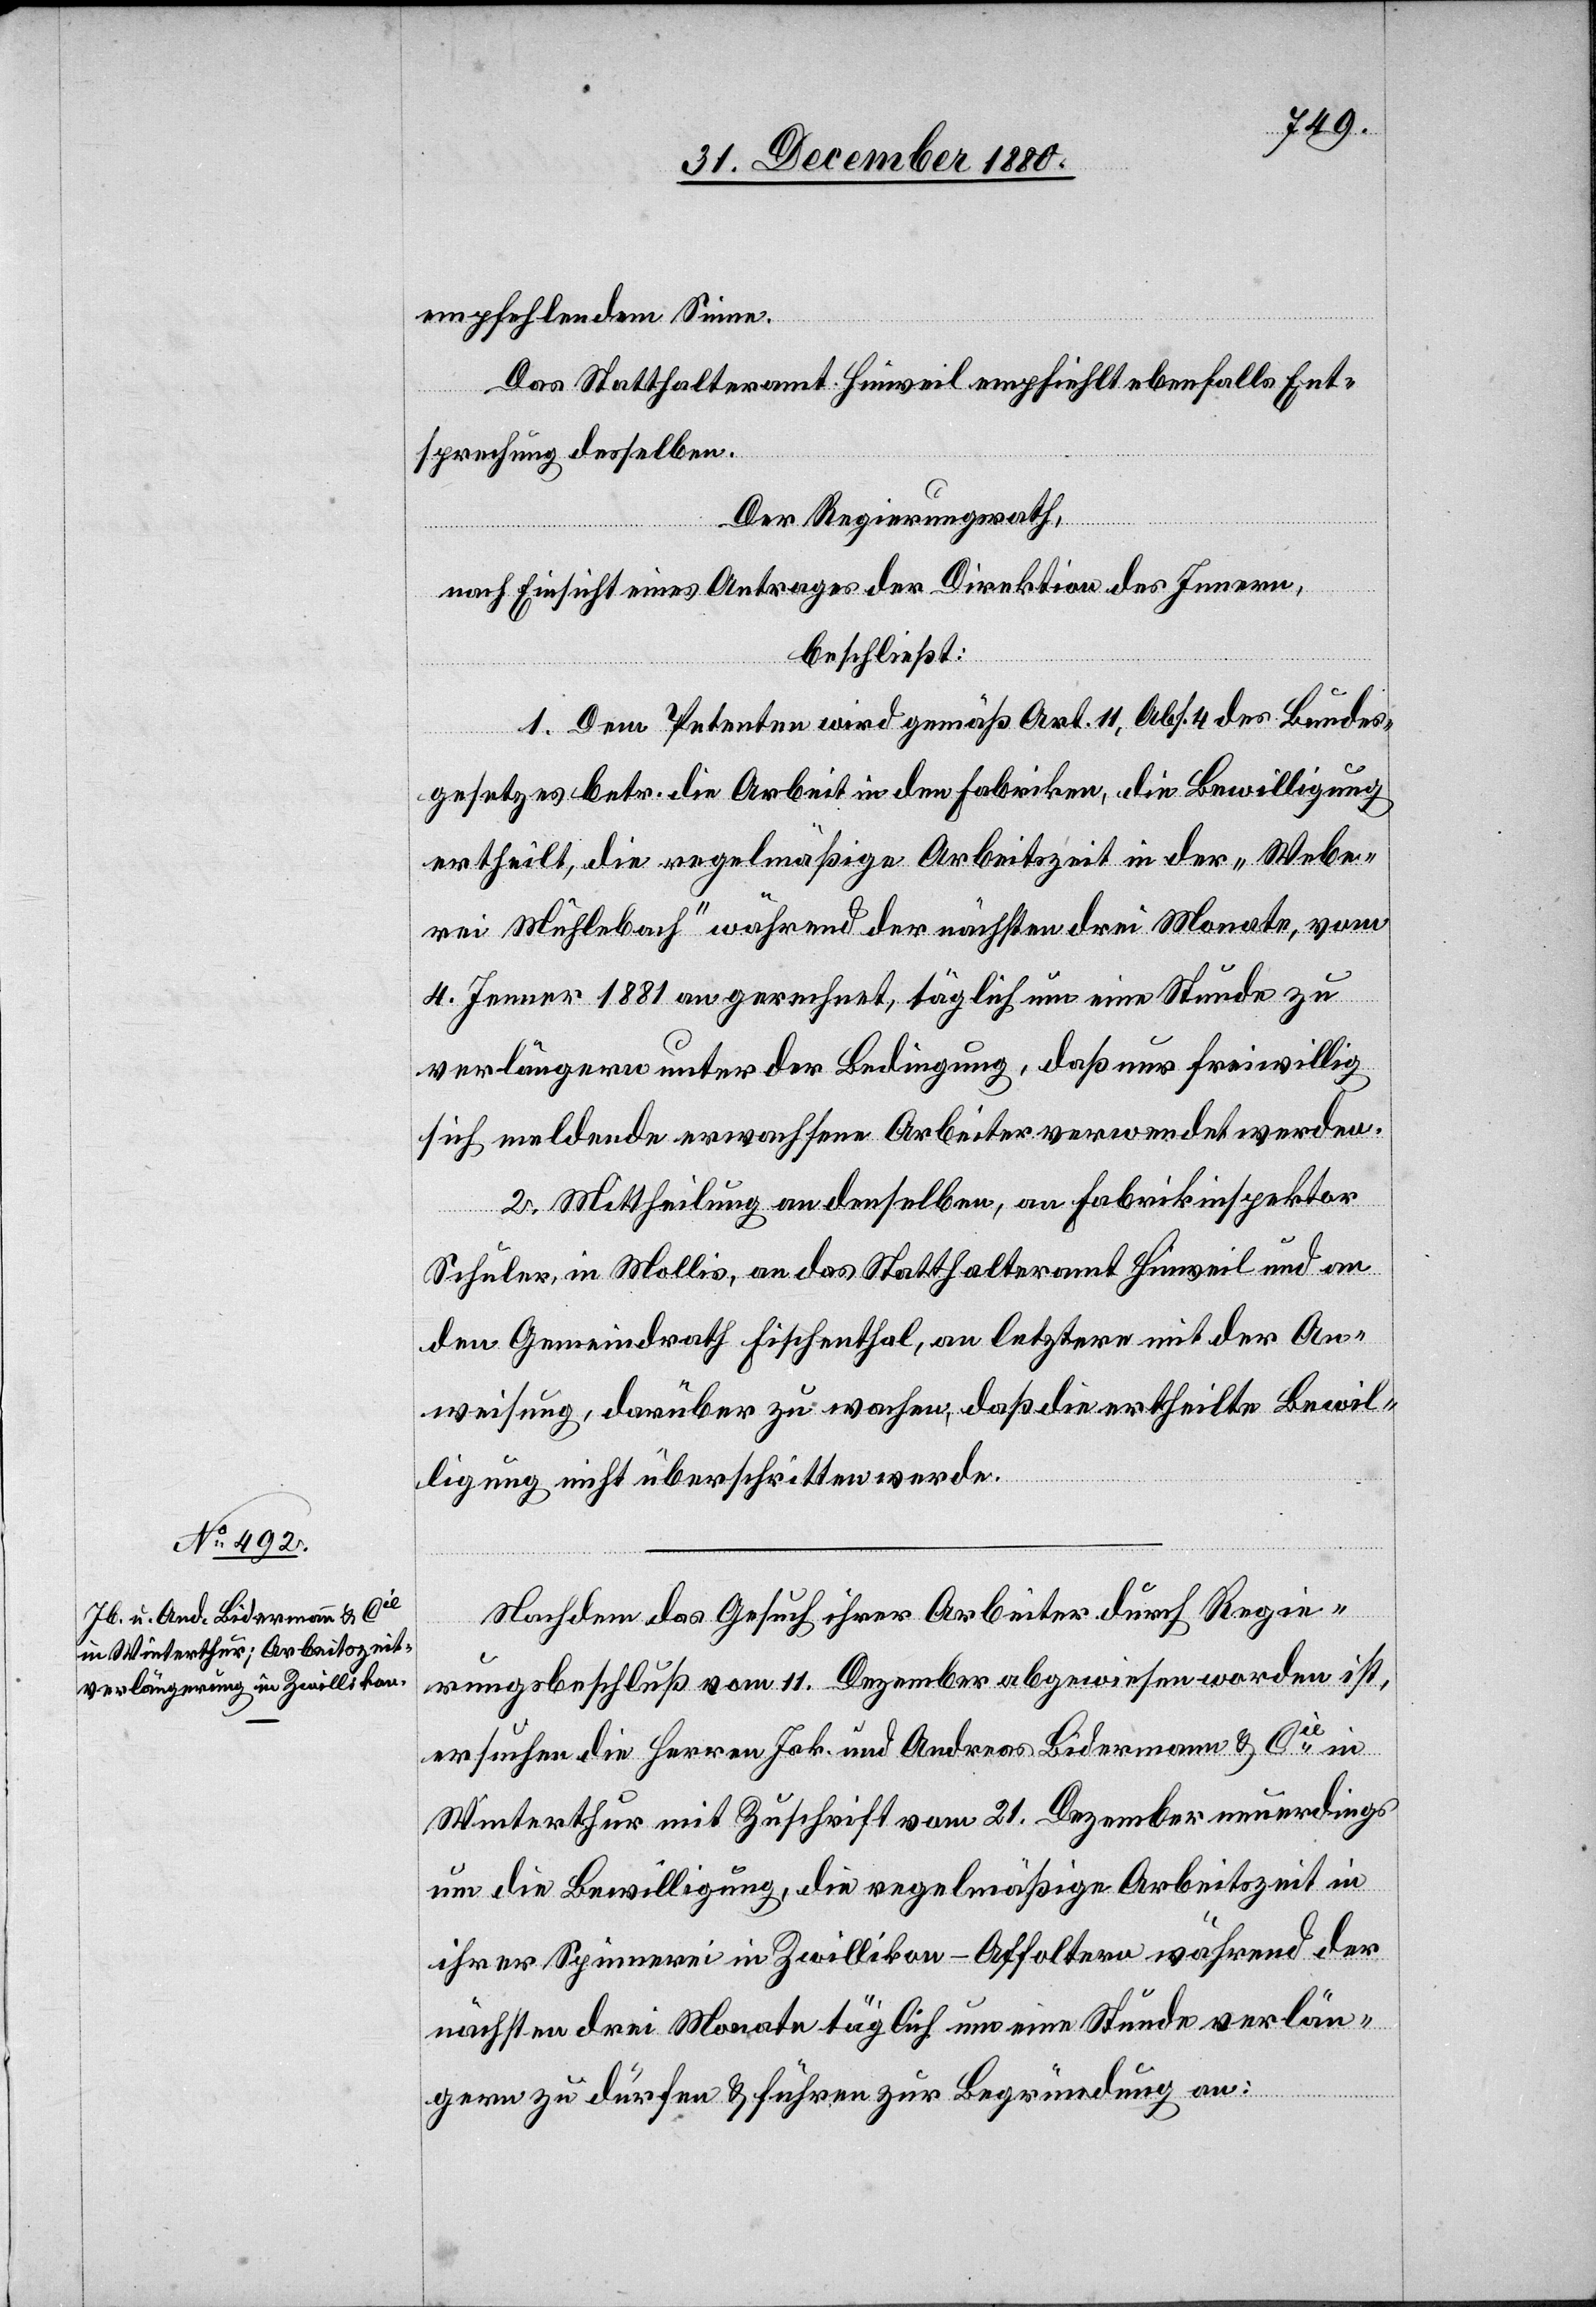
empfehlendem Sinne.
Das Statthalteramt Hinweil empfiehlt ebenfalls Ent¬
sprechung desselben.
Der Regierungsrath,
nach Einsicht eines Antrages der Direktion des Innern,
beschließt:
1. Dem Petenten wird gemäß Art. 11, Abs. 4 des Bundes¬
gesetzes betr. die Arbeit in den Fabriken, die Bewilligung
ertheilt, die regelmäßige Arbeitszeit in der „Webe¬
rei Mühlebach“ während der nächsten drei Monate, vom
4. Jenner 1881 an gerechnet, täglich um eine Stunde zu
verlängern unter der Bedingung, daß nur freiwillig
sich meldende erwachsene Arbeiter verwendet werden.
2. Mittheilung an denselben, an Fabrikinspektor
Schuler, in Mollis, an das Statthalteramt Hinweil und an
den Gemeindrath Fischenthal, an letztere mit der An¬
weisung, darüber zu wachen, daß die ertheilte Bewil¬
ligung nicht überschritten werde.
Nachdem das Gesuch ihrer Arbeiter durch Regie¬
rungsbeschluß vom 11. Dezember abgewiesen worden ist,
ersuchen die Herren Jak. und Andreas Bidermann & Cie in
Winterthur mit Zuschrift vom 21. Dezember neuerdings
um die Bewilligung, die regelmäßige Arbeitszeit in
ihrer Spinnerei in Zwillikon - Affoltern während der
nächsten drei Monate täglich um eine Stunde verlän¬
gern zu dürfen & führen zur Begründung an: